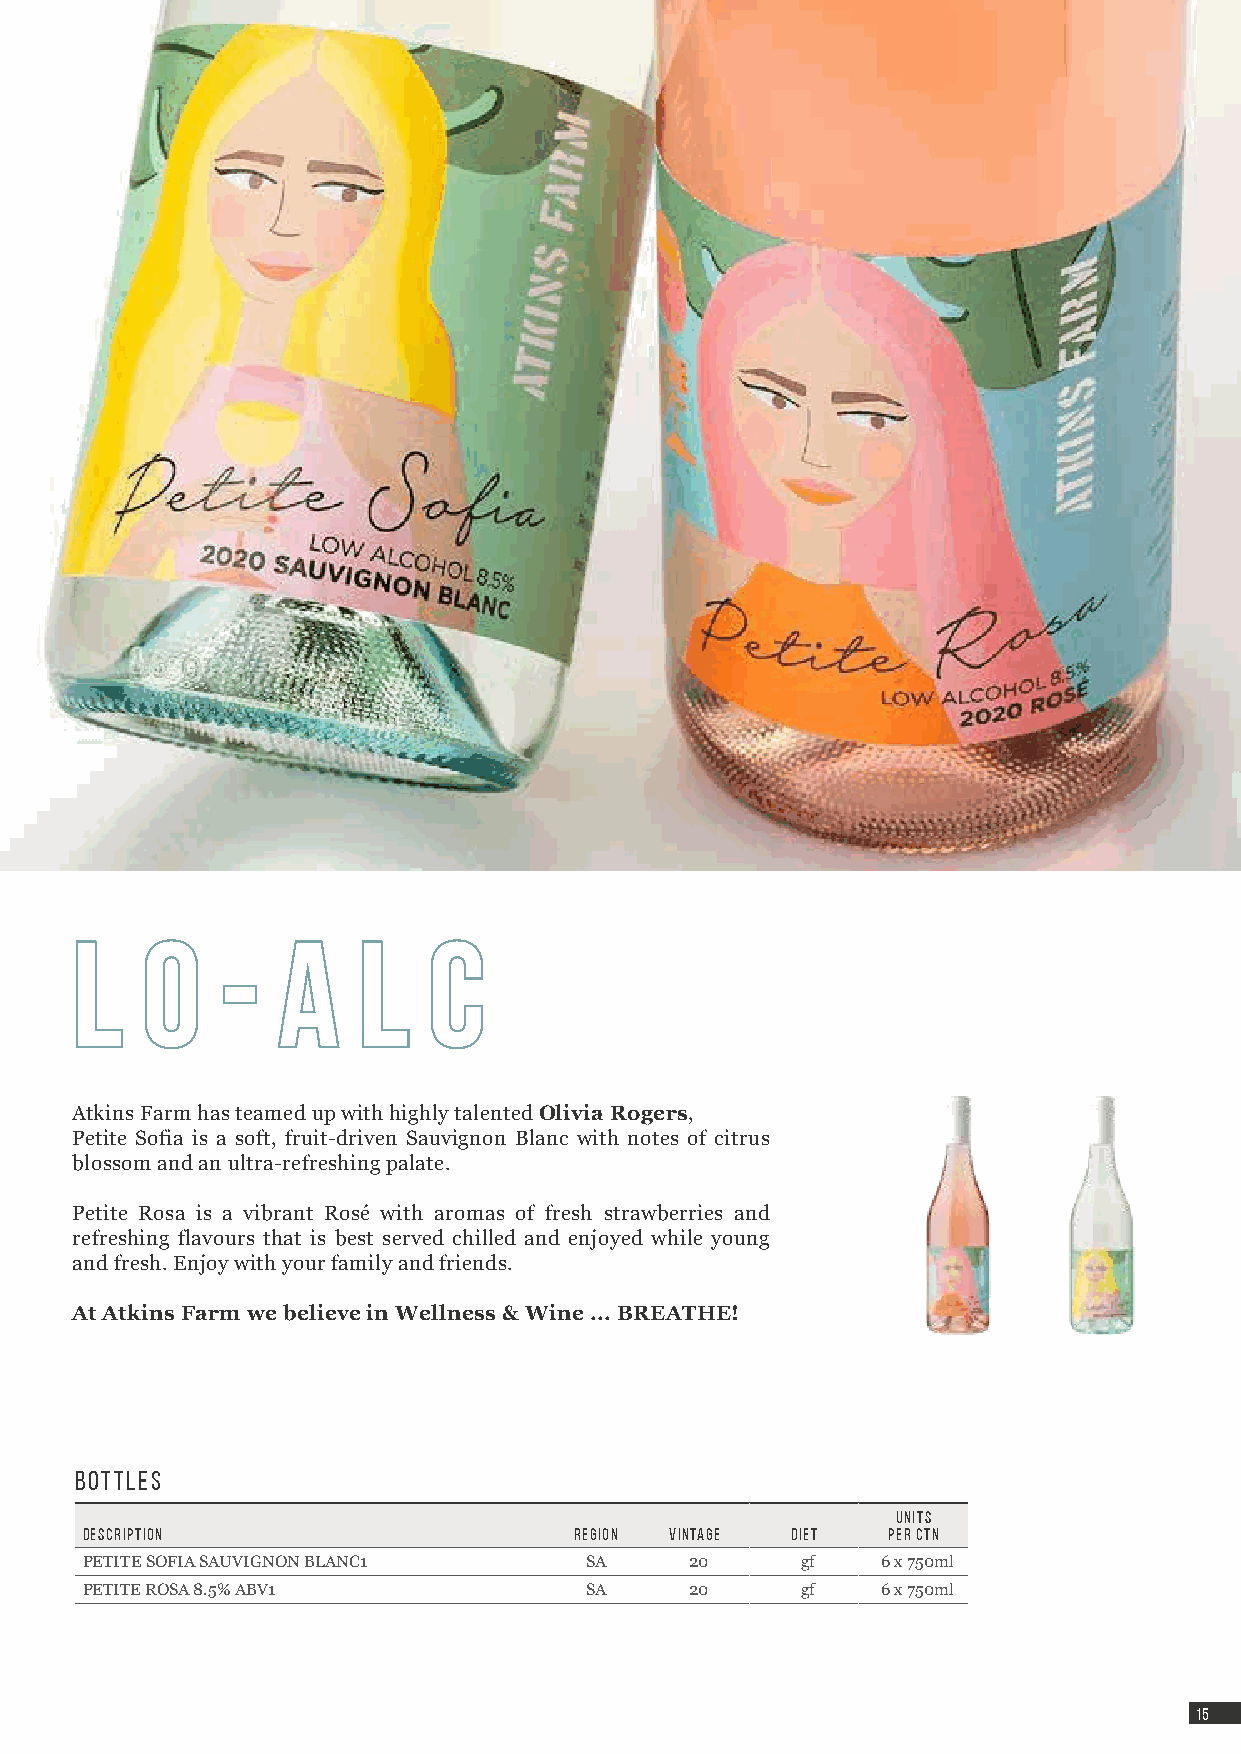
LL  oo    -- AA    ll  cc
 Atkins Farm has teamed up with highly talented Olivia Rogers,
 Petite Sofia is a soft, fruit-driven Sauvignon Blanc with notes of citrus
 blossom and an ultra-refreshing palate.
 Petite Rosa is a vibrant Rosé with aromas of fresh strawberries and
 refreshing flavours that is best served chilled and enjoyed while young
 and fresh. Enjoy with your family and friends.
 At Atkins Farm we believe in Wellness & Wine ... BREATHE!
 Bottles
 UNITS
 DESCRIPTION                      region VINTAGE DIET  PER CTN
 PETITE SOFIA SAUVIGNON BLANC1     SA     20     gf   6 x 750ml
 PETITE ROSA 8.5% ABV1             SA     20     gf   6 x 750ml
 1155